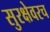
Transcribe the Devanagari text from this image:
सुरक्षेवरच